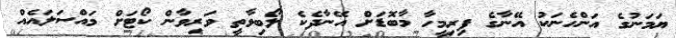
ޔަމަނުގެ އަންހެނަކު އޭނާގެ ފިރިމީހާ މާބޮޑަށް އޭނާދެކެ ލޯބިވާތީ ވަރިވާން ކޯޓަށް މައްސަލައެއް